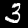
Digit: 3